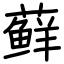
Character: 藓